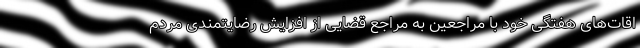
اقات‌های هفتگی خود با مراجعین به مراجع قضایی از افزایش رضایتمندی مردم